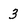
Character: 3